Code of medical and sanitary regulations for the guidance of medical officers serving in the Madras Presidency - Volume II
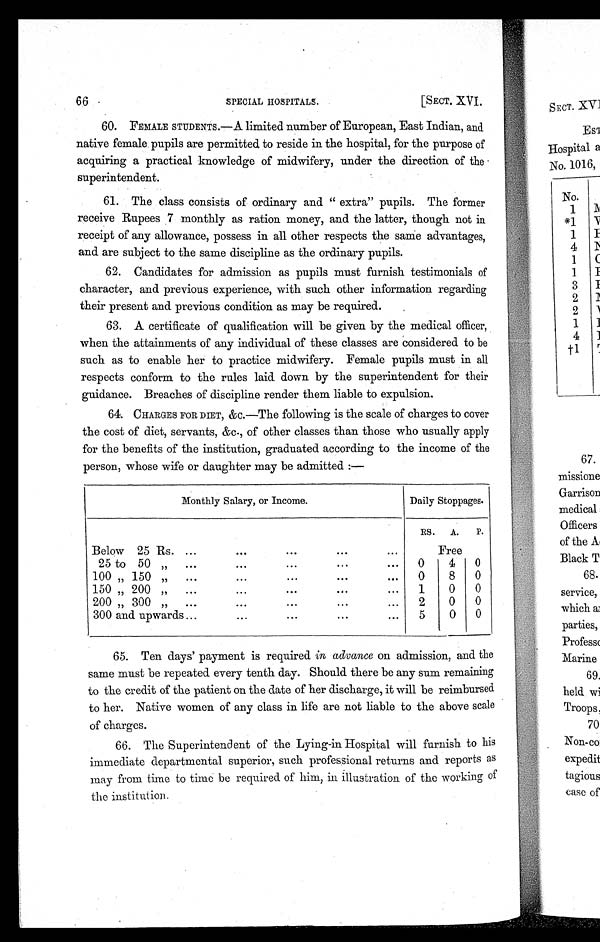
66
SPECIAL HOSPITALS.
[SECT. XVI.
60. FEMALE STUDENTS.—A limited number of European, East Indian, and
native female pupils are permitted to reside in the hospital, for the purpose of
acquiring a practical knowledge of midwifery, under the direction of the
superintendent.
61. The class consists of ordinary and " extra" pupils. The former
receive Rupees 7 monthly as ration money, and the latter, though not in
receipt of any allowance, possess in all other respects the same advantages,
and are subject to the same discipline as the ordinary pupils.
62. Candidates for admission as pupils must furnish testimonials of
character, and previous experience, with such other information regarding
their present and previous condition as may be required.
63. A certificate of qualification will be given by the medical officer,
when the attainments of any individual of these classes are considered to be
such as to enable her to practice midwifery. Female pupils must in all
respects conform to the rules laid down by the superintendent for their
guidance. Breaches of discipline render them liable to expulsion.
64. CHARGES FOR DIET, &c.—The following is the scale of charges to cover
the cost of diet, servants, &c., of other classes than those who usually apply
for the benefits of the institution, graduated according to the income of the
person, whose wife or daughter may be admitted:—
Monthly Salary, or Income.
Daily Stoppages.
RS. A. P.
Below 25 Rs. ...
...
...
...
. . .
Free
2 o 50... ,,
50...
. . .
. . .
. . .
0 . 4
0
100 „ 150
..
. . .
. . .
. . .
. . .
0
8
0
150 „ 200
...
...
...
...
. . .
1
0
0
200 „ 300 97 ...
...
...
. . .
. . .
2
0
0
300 and. upwards ...
. . .
. . .
. . .
. . .
5
0
0
1.
65. Ten days' payment is required in advance on admission, and the
same must be repeated. every tenth day. Should. there be any sum remaining
to the credit of the patient on the date of her discharge, it will be reimbursed
to her. Native women of any class in life are not liable to the above scale
of charges.
2.
66. The Superintendent of the Lying-in Hospital will furnish to his
immediate departmental superior, such professional returns and. reports as
may from time to time be required of him, in illustration of the working of
the in.stitution.